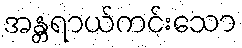
အန္တရာယ်ကင်းသော